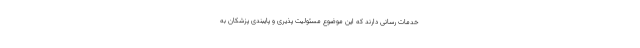
خدمات رسانی دارند که این موضوع مسئولیت ‌پذیری و پایبندی پزشکان به